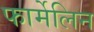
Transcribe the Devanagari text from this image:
फार्मेलिन